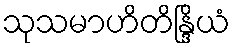
သုသမာဟိတိန္ဒြိယံ